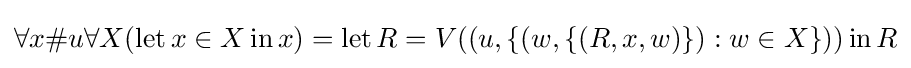
\forall x\#u\forall X(\operatorname {let} x\in X\operatorname {in} x)=\operatorname {let} R=V((u,\{(w,\{(R,x,w)\}):w\in X\}))\operatorname {in} R